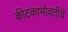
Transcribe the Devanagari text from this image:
कीटकाभोवतीचे